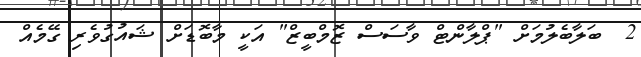
2  ބަލާބެލުމަށް "ޕްލާންޓް ވާސަސް ޒޮމްބީޒް" އަކީ މާބޮޑަށް ޝައުގުވެރި ގޭމެއް